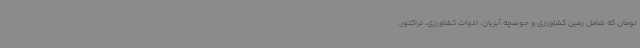
تومان که شامل زمین کشاورزی و حوضچه آبزیان، ادوات کشاورزی، تراکتور،